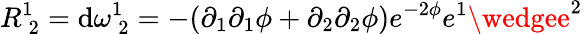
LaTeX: R_{\: 2}^{1}=\mathrm{d}\omega_{\: 2}^{1}=-(\partial_{1}\partial_{1}\phi+\partial_{2}\partial_{2}\phi)e^{-2\phi}e^{1}\wedgee^{2}